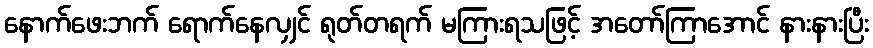
နောက်ဖေးဘက် ရောက်နေလျှင် ရုတ်တရက် မကြားရသဖြင့် အတော်ကြာအောင် နားနားပြီး